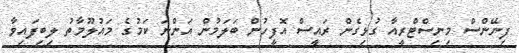
ފިނޭންސް މިނިސްޓްރީއާ ގުޅިގެން ރައީސް އޮފީހުން ބަލަމުން އަންނަ ކަމުގެ މައުލޫމާތު ލިބިފައިވާ